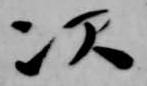
次